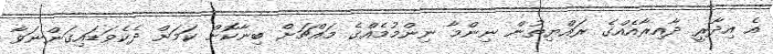
އެ އިދާރީ ދާއިރާއެއްގެ ރައްޔިތުން ނިންމާ ނިންމުމެއްގެ މައްޗަށް ބިނާކޮށް ކަމަށް ދެކެވަޑައިގަންނަވާ